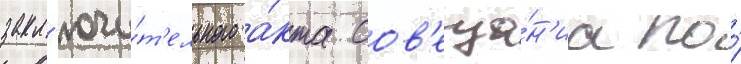
закл'ючи́т'ельного а́кта сов'еща́н'иа по́